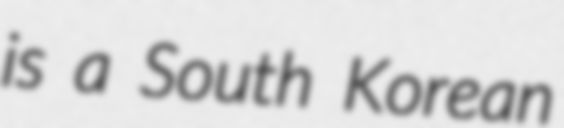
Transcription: is a South Korean